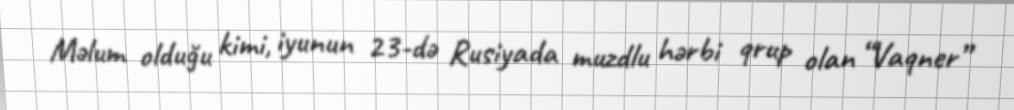
Məlum olduğu kimi, iyunun 23-də Rusiyada muzdlu hərbi qrup olan “Vaqner”